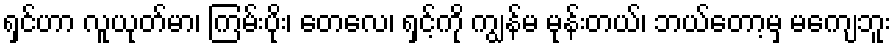
ရှင်ဟာ လူယုတ်မာ၊ ကြမ်းပိုး၊ တေလေ၊ ရှင့်ကို ကျွန်မ မုန်းတယ်၊ ဘယ်တော့မှ မကျေဘူး